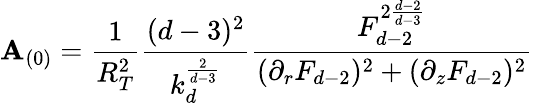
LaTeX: \mathbf{A}_{(0)}=\frac{{1}}{{R_{T}^{2}}}\frac{{(d-3)^{2}}}{{k_{d}^{\frac{{2}}{{d-3}}}}}\frac{{F_{d-2}^{2\frac{{d-2}}{{d-3}}}}}{{(\partial_{r}F_{d-2})^{2}+(\partial_{z}F_{d-2})^{2}}}